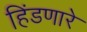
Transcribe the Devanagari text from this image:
हिंडणारे